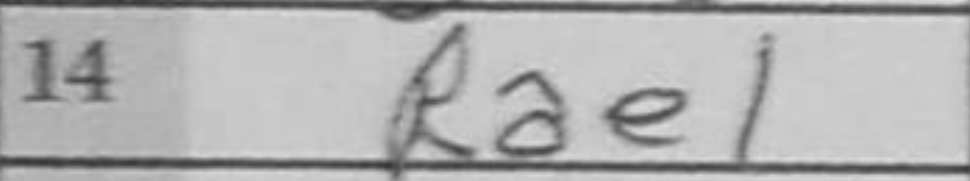
Transcription: Rae1